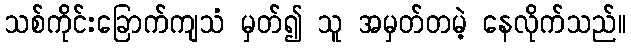
သစ်ကိုင်းခြောက်ကျသံ မှတ်၍ သူ အမှတ်တမဲ့ နေလိုက်သည်။